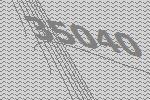
35040